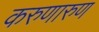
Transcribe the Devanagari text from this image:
करुणारुण